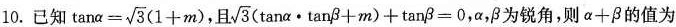
10.已知 $$\tan \alpha = \sqrt{3}(1+m)$$, 且 $$\sqrt{3}(\tan \alpha \cdot \tan \beta +m)+\tan \beta=0$$, \alpha ,\beta 为锐角,则$$\alpha +\beta $$的值为